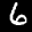
Label: 6